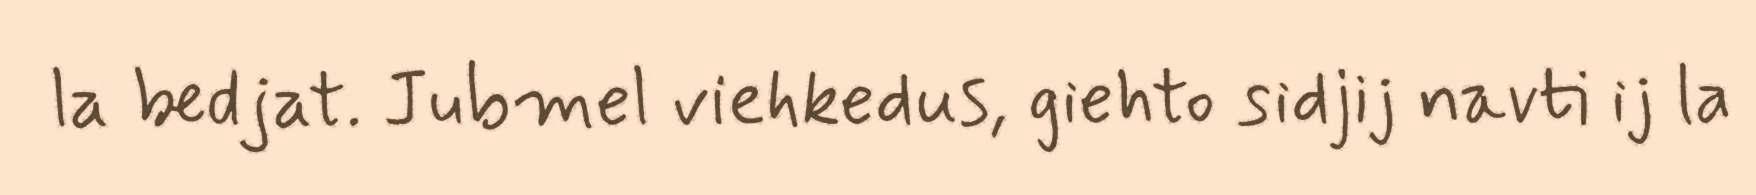
la bedjat. Jubmel viehkedus, giehto sidjij navti ij la